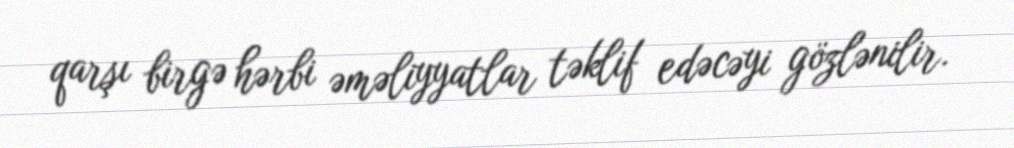
qarşı birgə hərbi əməliyyatlar təklif edəcəyi gözlənilir.